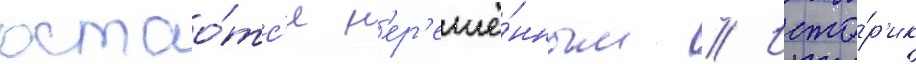
остао́тс'я н'ер'ешё́нным // Исто́р'ик